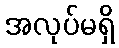
အလုပ်မရှိ